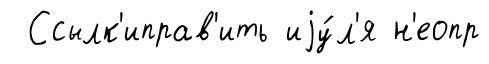
Ссылк'иправ'ить иjу́л'я н'еопр